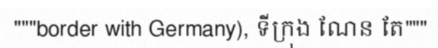
"""border with Germany), ទីក្រុង ណែន តែ"""